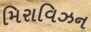
મિરાવિઝન